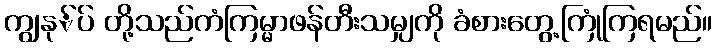
ကျွနု်ပ် တို့သည်ကံကြမ္မာဖန်တီးသမျှကို ခံစားတွေ့ကြုံကြရမည်။